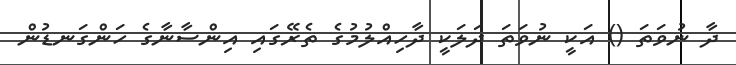
ދާ ނުވަތަ () އަކީ ނުވަތަ ދަލަކީ ދާހިއްލުމުގެ ތެރޭގައި އިންސާނާގެ ހަންގަނޑުން